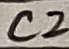
Text: C2